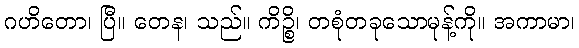
ဂဟိတော၊ ပြီ။ တေန၊ သည်။ ကိဉ္စိ၊ တစုံတခုသောမုန့်ကို။ အကာမာ၊